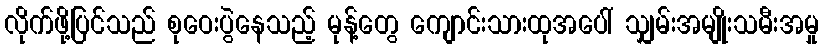
လိုက်ဖို့ပြင်သည် စုဝေးပွဲနေသည့် မုန့်တွေ ကျောင်းသားထုအပေါ် သျှမ်းအမျိုးသမီးအမှု